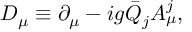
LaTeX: D _ { \mu } \equiv \partial _ { \mu } - i g { \bar { Q } _ { j } } A _ { \mu } ^ { j } ,